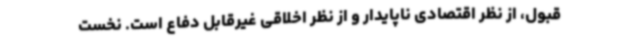
قبول، از نظر اقتصادی ناپایدار و از نظر اخلاقی غیرقابل دفاع است. نخست